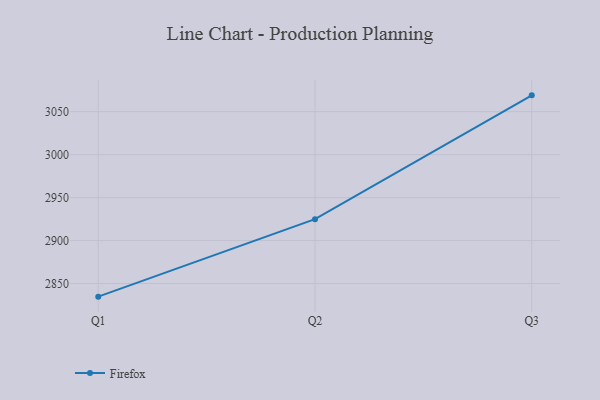
{"axis": {"x": "Quarter", "y": "Production Output"}, "legend": ["Firefox"], "data": [{"x": "Q1", "y": 2834.7, "type": "Firefox"}, {"x": "Q2", "y": 2924.9, "type": "Firefox"}, {"x": "Q3", "y": 3069.0, "type": "Firefox"}]}